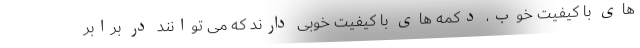
های با کیفیت خوب، دکمه های با کیفیت خوبی دارند که می توانند در برابر